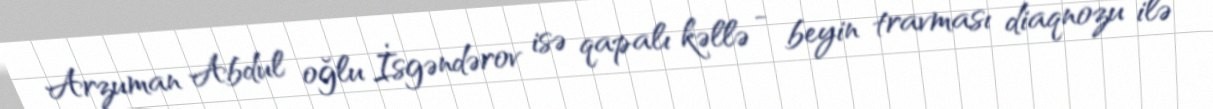
Arzuman Abdul oğlu İsgəndərov isə qapalı kəllə - beyin travması diaqnozu ilə